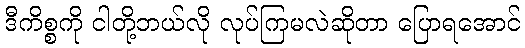
ဒီကိစ္စကို ငါတို့ဘယ်လို လုပ်ကြမလဲဆိုတာ ပြောရအောင်